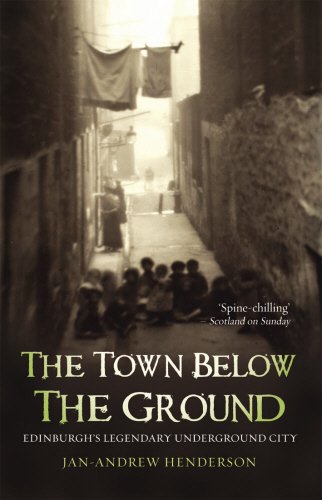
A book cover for The Town Below the Ground: Edinburgh's Legendary Underground City; Jan-Andrew Henderson; Travel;